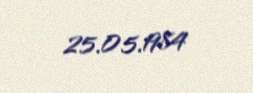
25.05.1984